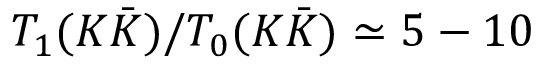
T _ { 1 } ( K \bar { K } ) / T _ { 0 } ( K \bar { K } ) \simeq 5 - 1 0